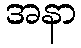
အနာ